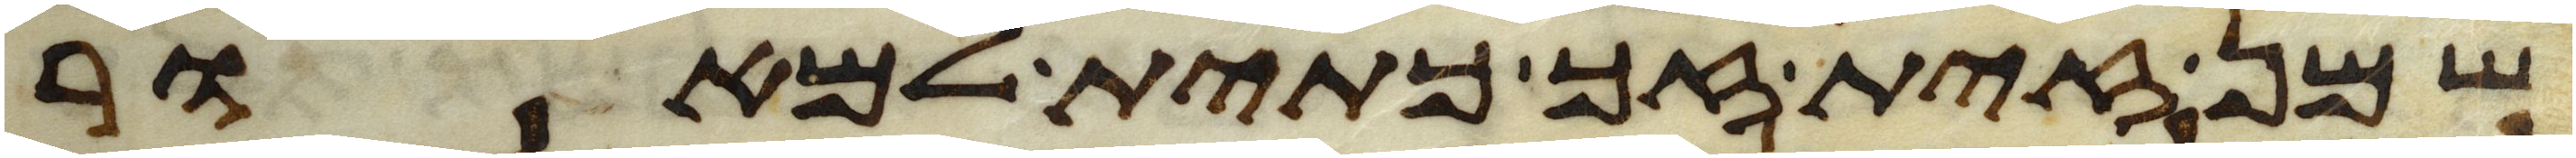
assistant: שמן זית זך כתית למאור